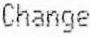
CHANGE